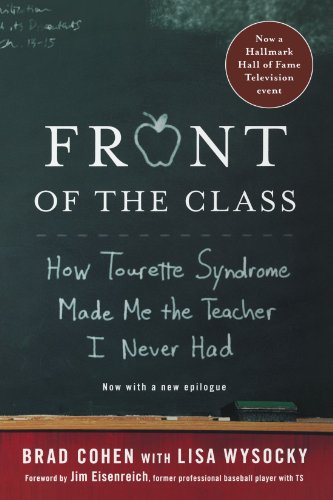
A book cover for Front of the Class: How Tourette Syndrome Made Me the Teacher I Never Had; Brad Cohen; Health, Fitness & Dieting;